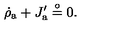
\dot { \rho } _ { \mathrm { a } } + J _ { \mathrm { a } } ^ { \prime } \stackrel { \circ } { = } 0 .